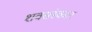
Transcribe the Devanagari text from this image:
शवसंस्कार